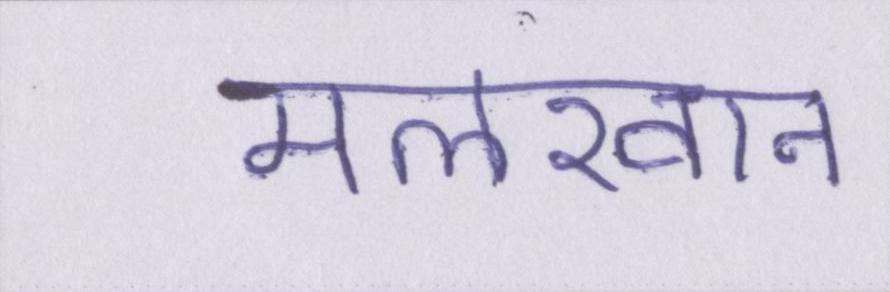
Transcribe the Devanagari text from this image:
मलखान